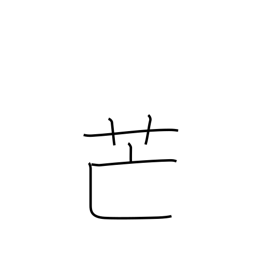
Meaning: pampas grass